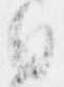
日